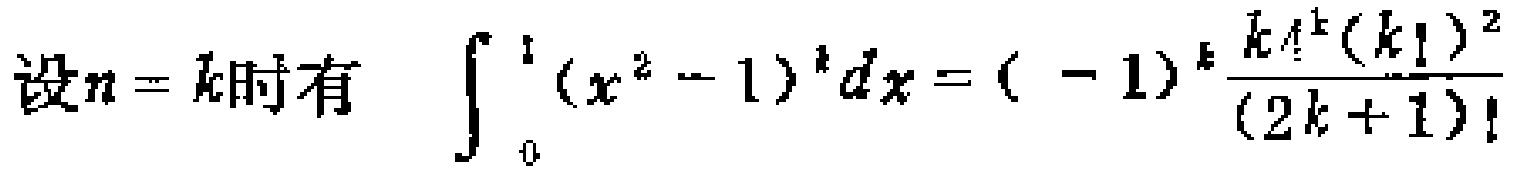
设\(n = k\)时有 \(\int_{0}^{1} (x^{2} - 1)^{k} dx = (-1)^{k} \frac{k 4^{k} (k!)^{2}}{(2k + 1)!}\)